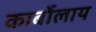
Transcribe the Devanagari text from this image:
कार्बोलाय